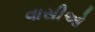
વાસીઓ